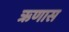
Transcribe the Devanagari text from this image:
ऋणास